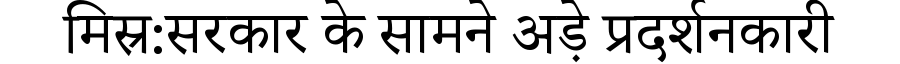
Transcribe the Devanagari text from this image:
मिस्र:सरकार के सामने अड़े प्रदर्शनकारी